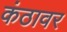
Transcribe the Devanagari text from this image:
कंठावर